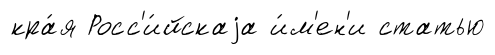
кра́я Росс'и́йскаjа и́м'ен'и статью